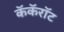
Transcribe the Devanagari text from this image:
कॅकॅरॉट